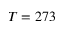
T = 2 7 3